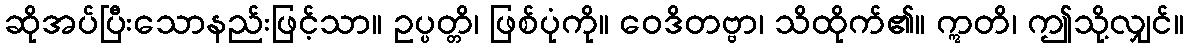
ဆိုအပ်ပြီးသောနည်းဖြင့်သာ။ ဥပ္ပတ္တိ၊ ဖြစ်ပုံကို။ ဝေဒိတဗ္ဗာ၊ သိထိုက်၏။ ဣတိ၊ ဤသို့လျှင်။